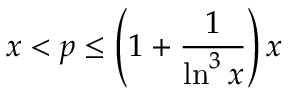
x < p \leq \left( 1 + { \frac { 1 } { \ln ^ { 3 } { x } } } \right) x